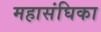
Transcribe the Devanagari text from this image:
महासंघिका